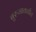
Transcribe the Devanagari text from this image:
बुरुजाकडील